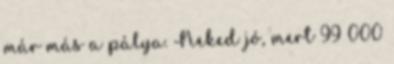
már más a pálya. Neked jó, mert 99 000